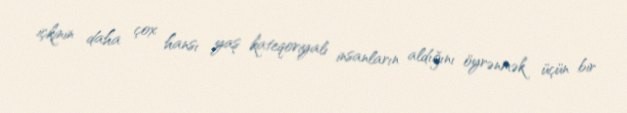
içkinin daha çox hansı yaş kateqoriyalı insanların aldığını öyrənmək üçün bir